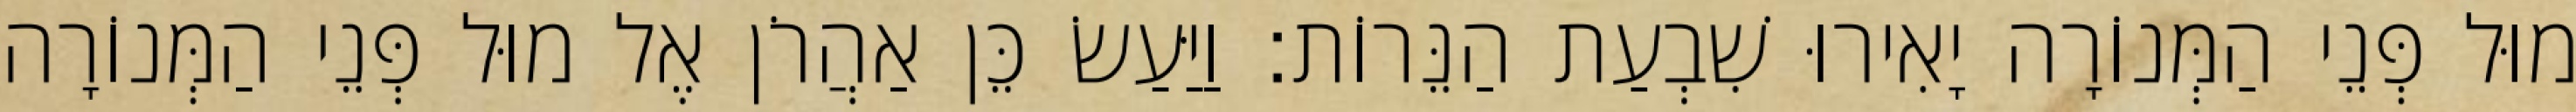
מוּל פְּנֵי הַמְּנוֹרָה יָאִירוּ שִׁבְעַת הַנֵּרוֹת׃ וַיַּעַשׂ כֵּן אַהֲרֹן אֶל מוּל פְּנֵי הַמְּנוֹרָה